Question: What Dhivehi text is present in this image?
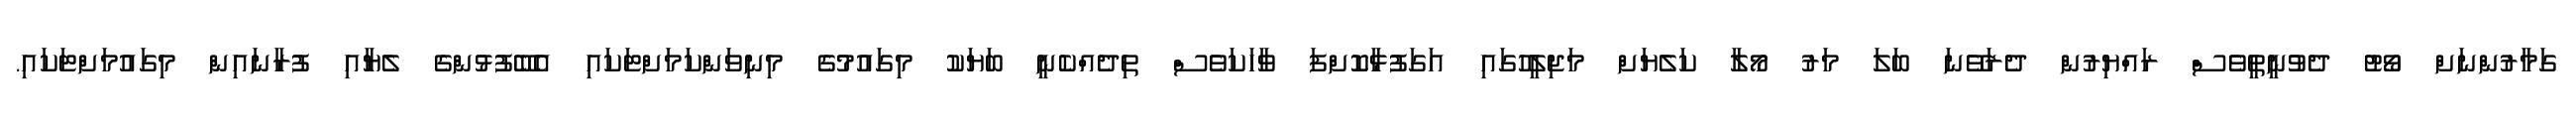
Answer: ގަމާރުންނަށް ވޯޓު ދެވުނީތީވެސް ރައްޔިރުން ދެރަވޭނަ ބަލަ މަރު މޯލާ ކަލެޔަށް މަޖިލީހުގައި އަގަފުޅާކޮށްފަ ވާހަކަވެސް ތިދެއްކެނީ ބަޔަކު މިގައުމުގެ މިނިވަންކަމަށްޓަކައި އެބޭފުޅުންގެ ލެޔާއި ފުރާނައިން މިގައުމަށްޓަކައި.